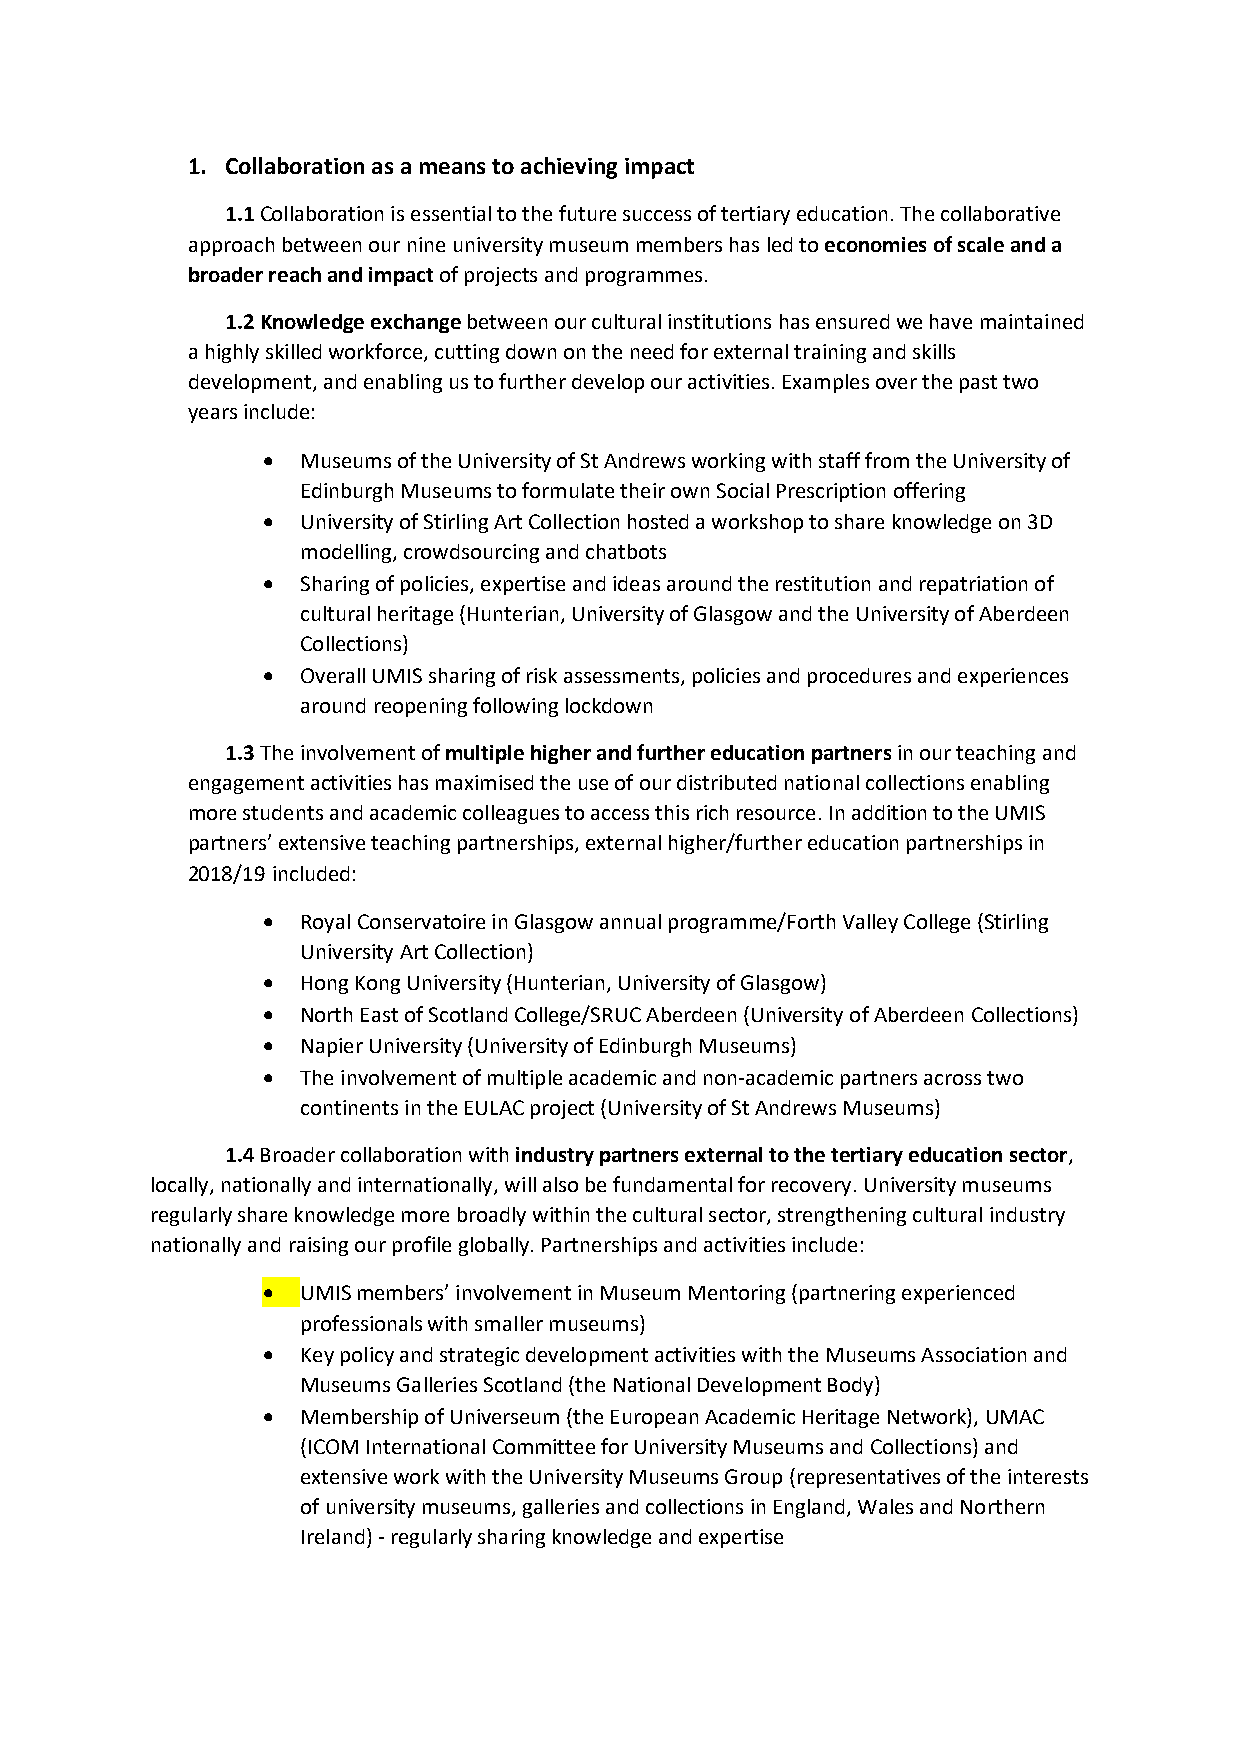
1. Collaboration as a means to achieving impact
 1.1 Collaboration is essential to the future success of tertiary education. The collaborative
 approach between our nine university museum members has led to economies of scale and a
 broader reach and impact of projects and programmes.
 1.2 Knowledge exchange between our cultural institutions has ensured we have maintained
 a highly skilled workforce, cutting down on the need for external training and skills
 development, and enabling us to further develop our activities. Examples over the past two
 years include:
   Museums of the University of St Andrews working with staff from the University of
 Edinburgh Museums to formulate their own Social Prescription offering
   University of Stirling Art Collection hosted a workshop to share knowledge on 3D
 modelling, crowdsourcing and chatbots
   Sharing of policies, expertise and ideas around the restitution and repatriation of
 cultural heritage (Hunterian, University of Glasgow and the University of Aberdeen
 Collections)
   Overall UMIS sharing of risk assessments, policies and procedures and experiences
 around reopening following lockdown
 1.3 The involvement of multiple higher and further education partners in our teaching and
 engagement activities has maximised the use of our distributed national collections enabling
 more students and academic colleagues to access this rich resource. In addition to the UMIS
 partners’ extensive teaching partnerships, external higher/further education partnerships in
 2018/19 included:
   Royal Conservatoire in Glasgow annual programme/Forth Valley College (Stirling
 University Art Collection)
   Hong Kong University (Hunterian, University of Glasgow)
   North East of Scotland College/SRUC Aberdeen (University of Aberdeen Collections)
   Napier University (University of Edinburgh Museums)
   The involvement of multiple academic and non-academic partners across two
 continents in the EULAC project (University of St Andrews Museums)
 1.4 Broader collaboration with industry partners external to the tertiary education sector,
 locally, nationally and internationally, will also be fundamental for recovery. University museums
 regularly share knowledge more broadly within the cultural sector, strengthening cultural industry
 nationally and raising our profile globally. Partnerships and activities include:
   UMIS members’ involvement in Museum Mentoring (partnering experienced
 professionals with smaller museums)
   Key policy and strategic development activities with the Museums Association and
 Museums Galleries Scotland (the National Development Body)
   Membership of Universeum (the European Academic Heritage Network), UMAC
 (ICOM International Committee for University Museums and Collections) and
 extensive work with the University Museums Group (representatives of the interests
 of university museums, galleries and collections in England, Wales and Northern
 Ireland) - regularly sharing knowledge and expertise